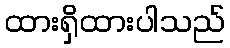
ထားရှိထားပါသည်